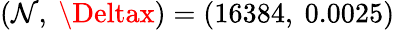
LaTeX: (\mathcal{N},\ \Deltax)=(16384,\ 0.0025)